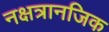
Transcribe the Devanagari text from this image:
नक्षत्रानजिक